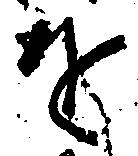
を